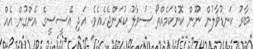
ބާރު ކަނޑުވާލުން ނޫން ކޮންކަމެއްތޯ ސުވާލު ކުރަންޖެހެއެވެ. އަދި އޭސީސީގެ އެންގުން އެއް